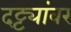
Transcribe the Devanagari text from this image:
दट्ट्यांवर